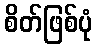
စိတ်ဖြစ်ပုံ